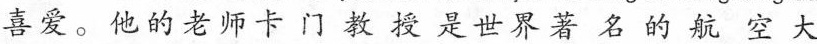
喜爱。他的老师卡门教授是世界著名的航空大